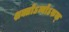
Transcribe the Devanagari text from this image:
शक्तोऽन्योऽरुक्